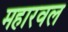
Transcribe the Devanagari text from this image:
महारवल